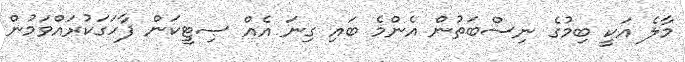
މާލެ އަކީ ބިމުގެ ނިސްބަތުން އެންމެ ބައި ގިނަ އެއް ސިޓީކަން ފާހަގަކުރައްވަމުން